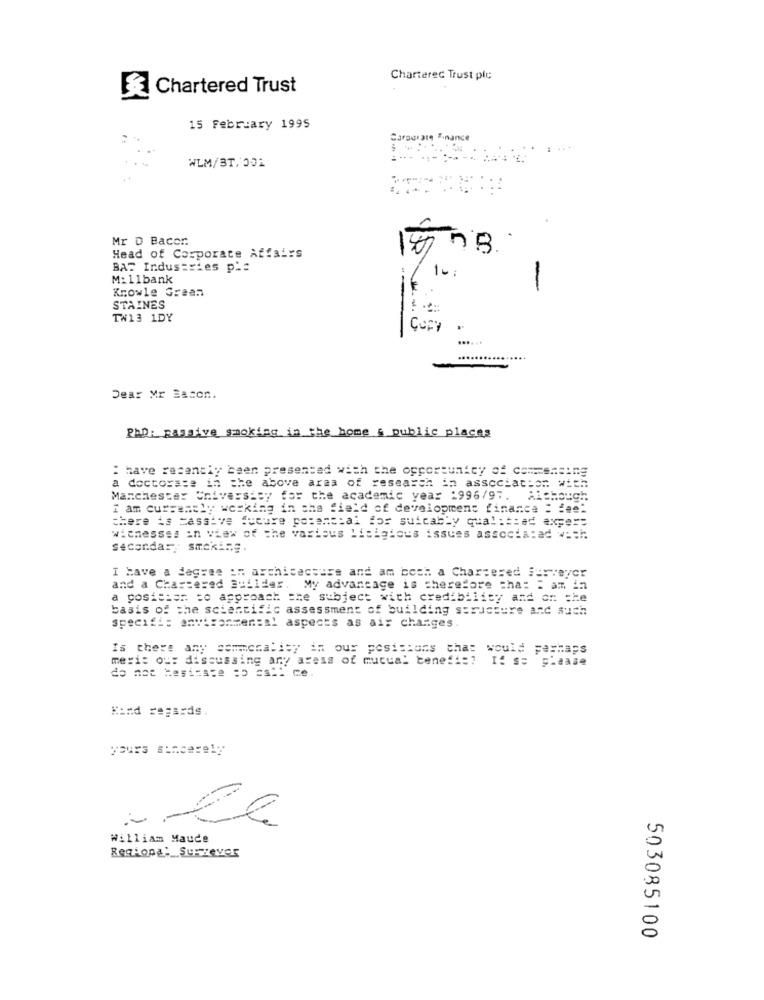
Chartered Trust plc
Chartered Trust
15 February 1995
Garourate finance
WLM/BT/001
.--- --
Mr D Baccr.
Head of Corporate Affairs
BAT Industries ple
1 -:
M:11bank
Knowle Graan
-
STAINES
TW13 1DY
3
.
....
...
Dear Mr Bacon.
Pho: passive smoking in the home & public places
: have recently been presented with the opportunity of commencing
a doctorate in the above area of research in association with
Manchester University for the academic year 1996/97. Michauch
I am currently working in the field of development finance = feel
there is Massive fucure potencial for suically qualithad axpe ==
wienesses in view of the various Lisigious issues associa: ad === h
seconda:" smoking.
I have a degree in architecture and am boch a Chartered Surveyor
and a Chartered Builder.
My advantage is therefore cha: : am in
a position to approach the subject with credibility and on the
basis of the scientific assessment of building structure and such
specifi: environmental aspects as ais changes
Is there any commccalley in our positions that would perhaps
meri: ou: discussing any areas of mutual benefit? If so please
Kind regards.
yours sincerely
William Maude
Regiona: Surrever
503085100